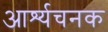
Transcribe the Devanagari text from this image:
आर्श्यचनक